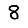
Digit: 8